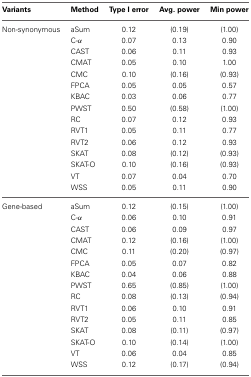
<table><thead><tr><td><b>Variants</b></td><td><b>Method</b></td><td><b>Type I error</b></td><td><b>Avg. power</b></td><td><b>Min power</b></td></tr></thead><tbody><tr><td>Non-synonymous</td><td>aSum</td><td>0.12</td><td>(0.19)</td><td>(1.00)</td></tr><tr><td></td><td>C-α</td><td>0.07</td><td>0.13</td><td>0.90</td></tr><tr><td></td><td>CAST</td><td>0.06</td><td>0.11</td><td>0.93</td></tr><tr><td></td><td>CMAT</td><td>0.05</td><td>0.10</td><td>1.00</td></tr><tr><td></td><td>CMC</td><td>0.10</td><td>(0.16)</td><td>(0.93)</td></tr><tr><td></td><td>FPCA</td><td>0.05</td><td>0.05</td><td>0.57</td></tr><tr><td></td><td>KBAC</td><td>0.03</td><td>0.06</td><td>0.77</td></tr><tr><td></td><td>PWST</td><td>0.50</td><td>(0.58)</td><td>(1.00)</td></tr><tr><td></td><td>RC</td><td>0.07</td><td>0.12</td><td>0.93</td></tr><tr><td></td><td>RVT1</td><td>0.05</td><td>0.11</td><td>0.77</td></tr><tr><td></td><td>RVT2</td><td>0.06</td><td>0.12</td><td>0.93</td></tr><tr><td></td><td>SKAT</td><td>0.08</td><td>(0.12)</td><td>(0.93)</td></tr><tr><td></td><td>SKAT-O</td><td>0.10</td><td>(0.16)</td><td>(0.93)</td></tr><tr><td></td><td>VT</td><td>0.07</td><td>0.04</td><td>0.70</td></tr><tr><td></td><td>WSS</td><td>0.05</td><td>0.11</td><td>0.90</td></tr><tr><td>Gene-based</td><td>aSum</td><td>0.12</td><td>(0.15)</td><td>(1.00)</td></tr><tr><td></td><td>C-α</td><td>0.06</td><td>0.10</td><td>0.91</td></tr><tr><td></td><td>CAST</td><td>0.06</td><td>0.09</td><td>0.97</td></tr><tr><td></td><td>CMAT</td><td>0.12</td><td>(0.16)</td><td>(1.00)</td></tr><tr><td></td><td>CMC</td><td>0.11</td><td>(0.20)</td><td>(0.97)</td></tr><tr><td></td><td>FPCA</td><td>0.05</td><td>0.07</td><td>0.82</td></tr><tr><td></td><td>KBAC</td><td>0.04</td><td>0.06</td><td>0.88</td></tr><tr><td></td><td>PWST</td><td>0.65</td><td>(0.85)</td><td>(1.00)</td></tr><tr><td></td><td>RC</td><td>0.08</td><td>(0.13)</td><td>(0.94)</td></tr><tr><td></td><td>RVT1</td><td>0.06</td><td>0.10</td><td>0.91</td></tr><tr><td></td><td>RVT2</td><td>0.05</td><td>0.11</td><td>0.85</td></tr><tr><td></td><td>SKAT</td><td>0.08</td><td>(0.11)</td><td>(0.97)</td></tr><tr><td></td><td>SKAT-O</td><td>0.10</td><td>(0.14)</td><td>(1.00)</td></tr><tr><td></td><td>VT</td><td>0.06</td><td>0.04</td><td>0.85</td></tr><tr><td></td><td>WSS</td><td>0.12</td><td>(0.17)</td><td>(0.94)</td></tr></tbody></table>